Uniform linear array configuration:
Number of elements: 16
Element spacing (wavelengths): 0.75
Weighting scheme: exponential
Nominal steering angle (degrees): -45
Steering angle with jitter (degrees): -43.868
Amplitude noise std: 0.05
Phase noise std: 0.05

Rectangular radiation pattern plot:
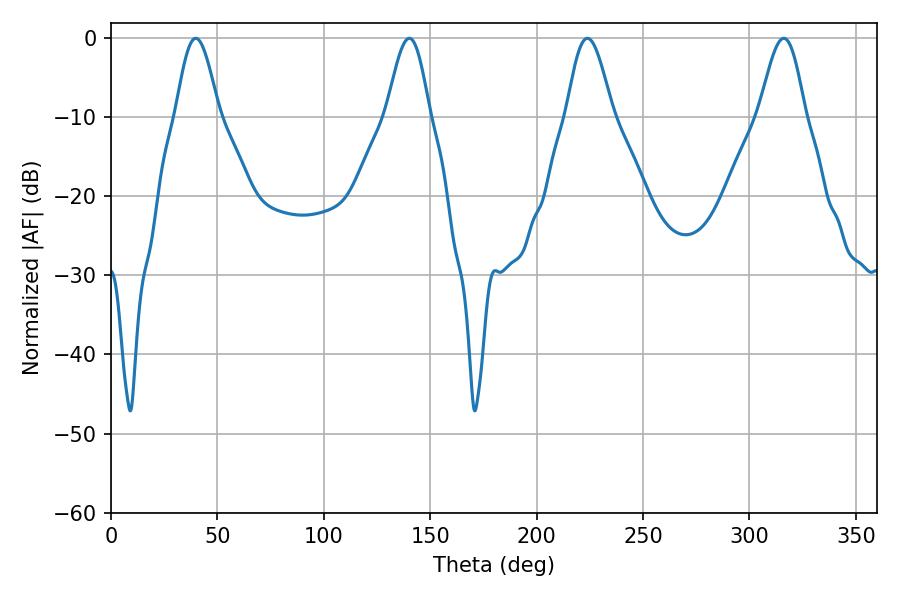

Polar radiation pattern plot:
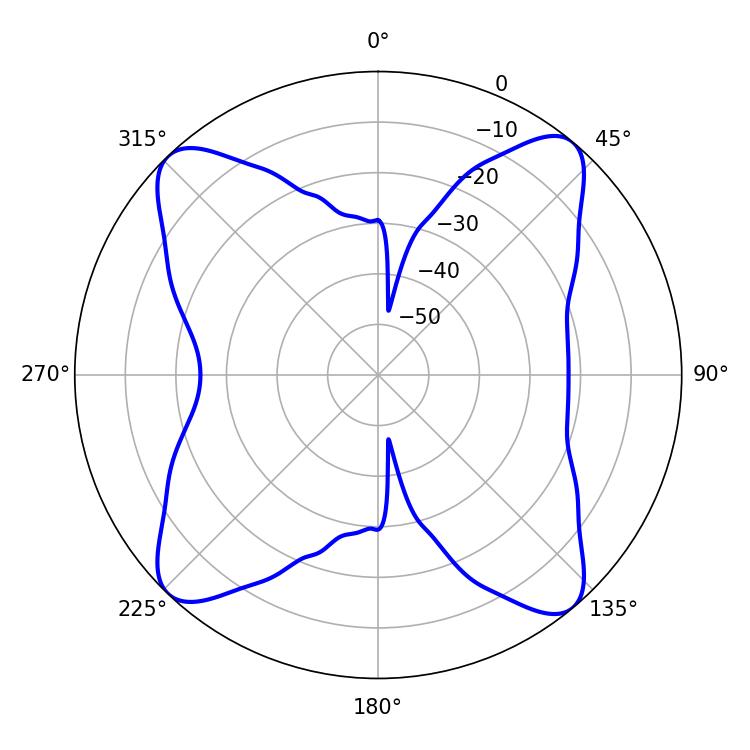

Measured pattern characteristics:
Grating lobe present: TRUE
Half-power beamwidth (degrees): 10.62
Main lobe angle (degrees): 39.78